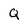
Character: Q